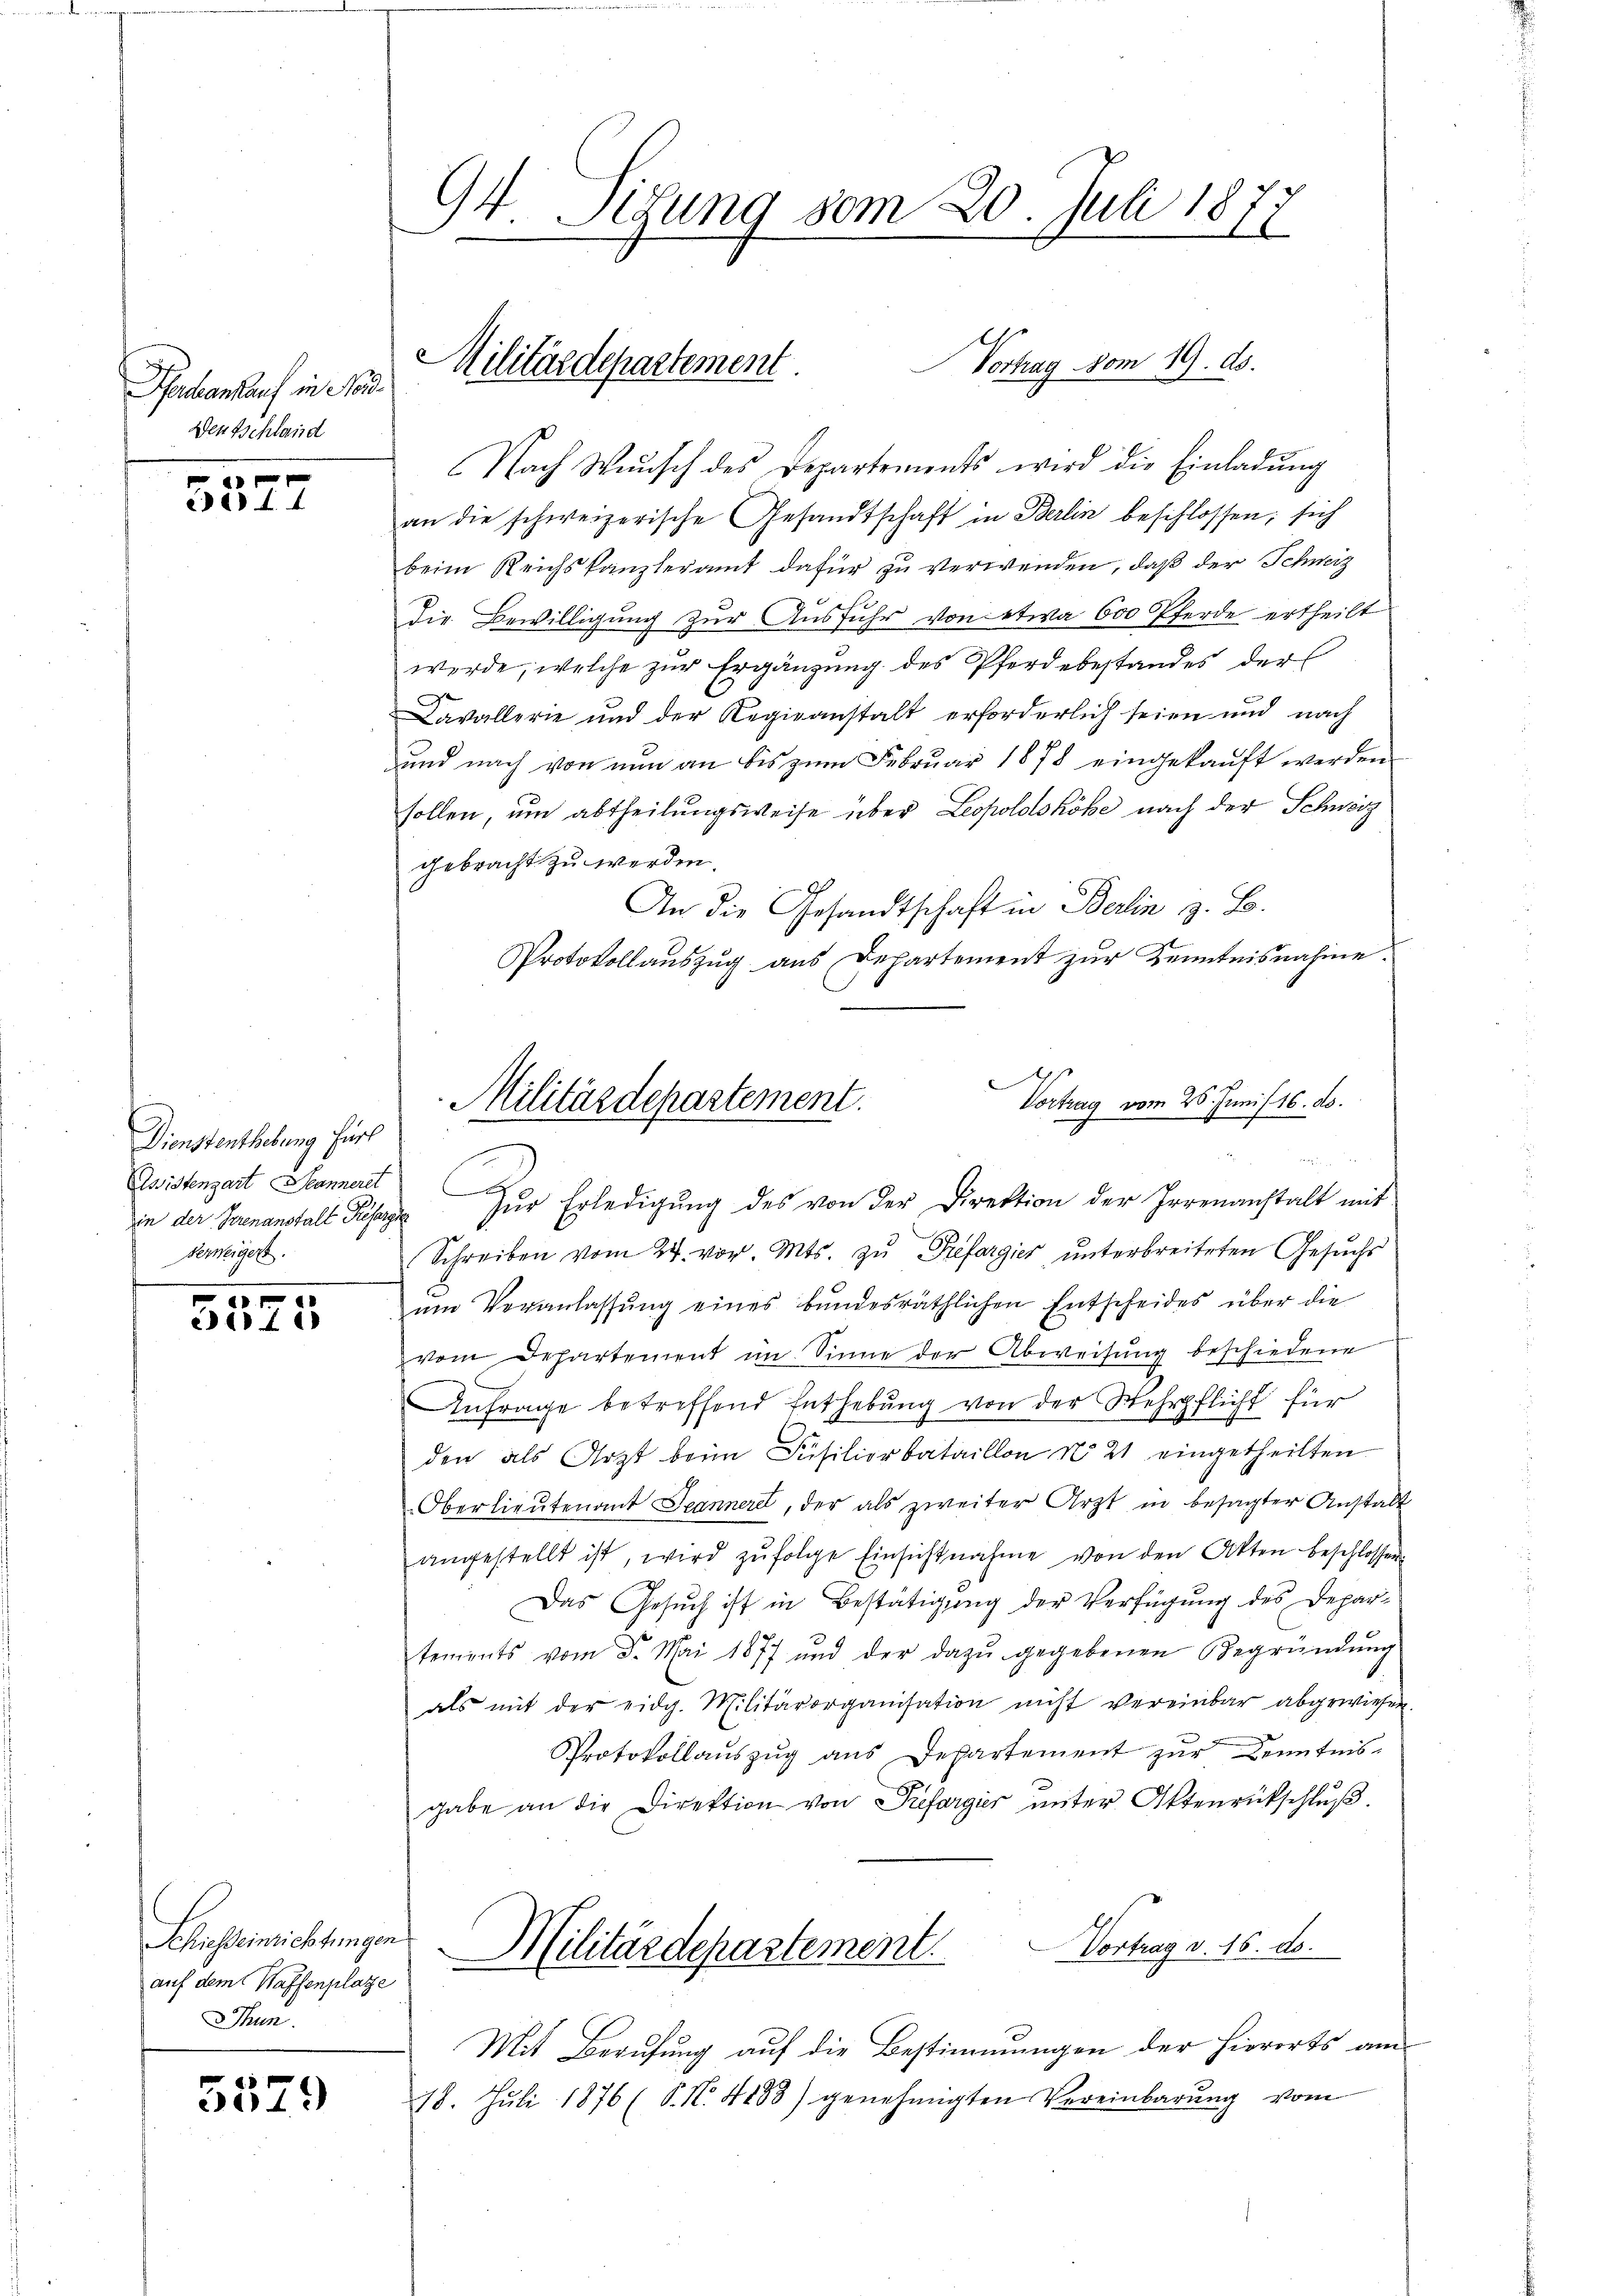
Pechankauf in Nor
Dentschland

0
e A.

0
e

5579

94. Sitzung vom 20. Juli 1877

Dienstenthebung fürs
Assistenzart Jeanneret
Verweigert.

Schiesseinrichtungen
auf dem Waffenplatze
Thun.

Vortrag vom 19. ds.
Militärdepartement.

Nach Wunsch des Departements wird die Einladŭng
an die schweizerische Gesandtschaft in Berlin beschlossen, sich
beim Reichskanzleramt dafür zu verwenden, daß der Schweiz
Die Bewilligung zur Ausfuhr von etwa 600 Pferde ertheilt
werde, welche zur Ergänzung des Pferdebestandes der
Davallerie und der Regieanstalt erforderlich seien und nach
ŭnd nach von nŭn an bis zŭm Febrŭar 1878 eingekaŭft werden
sollen, um abtheilungsweise über Leopoldshöhe nach der Schweiz
gebracht zu werden.
An die Gesandtschaft in Berlin z. B.
Protokollauszug aus Departement zur Kenntnisnahme.
in der Irrenanstalt Priser zŭr Erledigŭng des von der Direktion der Irrenanstalt mit
Schreiben vom 24. vor. Mts. zŭ Préfargier, ŭnterbreiteten Gesŭchs
ŭm Veranlassŭng eines bundesräthlichen Entscheides über die
vom Departement im Sinne der Abweisŭng beschiedene
Anfrage betreffend Enthebung von der Wehrpflicht für
den als Arzt beim Füsiliorbataillon No 21 eingetheilten
Oberlieŭtenant Spannere, der als zweiter Arzt in besagter Anstalt
angestellt ist, wird zŭfolge Einsichtnahme von den Akten beschlossen.
Das Gesuch ist in Bestätigung der Verfügung des Departements vom 3. Mai 1877 und der dazŭ gegebenen Begründŭng
als mit der eidg. Militärorganisation nicht vereinbar abgewiesen.
Protokollaŭszŭg ans Departement zŭr Kenntnis-
gabe an die Direktion von Prefargier unter Ottenrückschluß.
Vortrag v. 16. ds.
Militärdepartement.
Mit Berufung auf die Bestimmungen der hierorts am
18. Juli 1876 (S. N. 4183) genehmigten Vereinbarŭng vom

Vortrag vom 26. Juni 16. ds.
Militärdepartement.